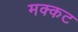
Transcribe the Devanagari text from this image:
मक्कट